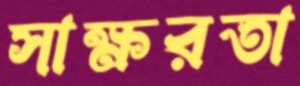
সাক্ষরতা